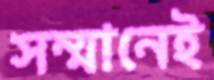
সম্মানেই